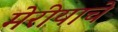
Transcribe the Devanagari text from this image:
मेरीयाचे